Veterinary [1916] -
Year: 1916
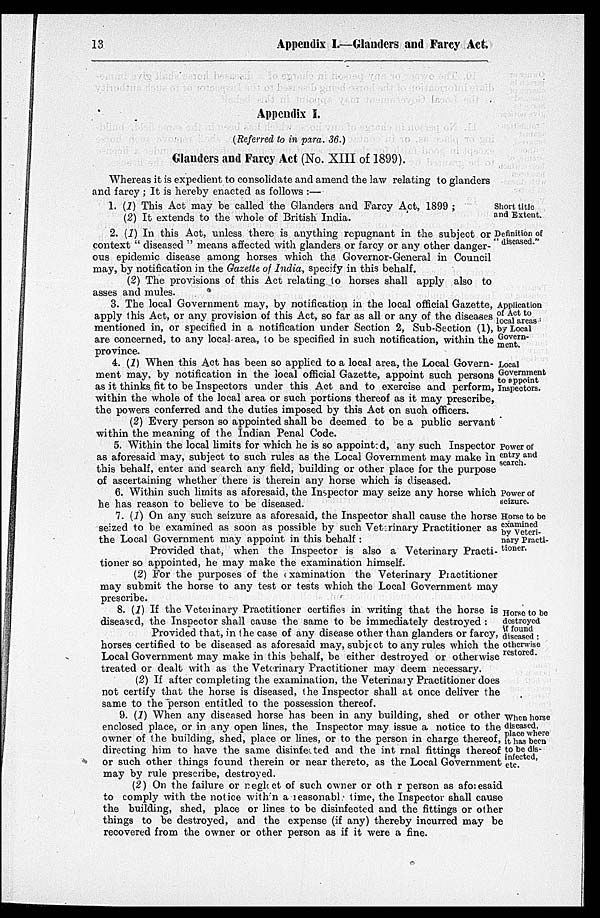
13
Appendix I.—Glanders and Farcy Act.
Appendix I.
(Referred to in para. 36.)
Glanders and Farcy Act (No. XIII of 1899).
Whereas it is expedient to consolidate and amend the law relating to glanders
and farcy ; It is hereby enacted as follows :—
Short title
and Extent.
1. (1) This Act may be called the Glanders and Farcy Act, 1899 ;
(2) It extends to the whole of British India.
Definition of
" diseased."
2. (1) In this Act, unless there is anything repugnant in the subject or
context " diseased " means affected with glanders or farcy or any other danger-
ous epidemic disease among horses which the Governor-General in Council
may, by notification in the Gazette of India, specify in this behalf.
(2) The provisions of this Act relating to horses shall apply also to
asses and mules.
Application
of Act to
local areas
by Local
Govern-
ment.
3. The local Government may, by notification in the local official Gazette,
apply this Act, or any provision of this Act, so far as all or any of the diseases
mentioned in, or specified in a notification under Section 2, Sub-Section (1),
are concerned, to any local area, to be specified in such notification, within the
province.
Local
Government
to appoint
Inspectors.
4. (1) When this Act has been so applied to a local area, the Local Govern-
ment may, by notification in the local official Gazette, appoint such persons
as it thinks fit to be Inspectors under this Act and to exercise and perform,
within the whole of the local area or such portions thereof as it may prescribe,
the powers conferred and the duties imposed by this Act on such officers.
(2) Every person so appointed shall be deemed to be a public servant
within the meaning of the Indian Penal Code.
Power of
entry and
search.
5. Within the local limits for which he is so appointed, any such Inspector
as aforesaid may, subject to such rules as the Local Government may make in
this behalf, enter and search any field, building or other place for the purpose
of ascertaining whether there is therein any horse which is diseased.
6. Within such limits as aforesaid, the Inspector may seize any horse which
he has reason to believe to be diseased.
Power of
seizure.
Horse to be
examined
by Veteri-
nary Practi-
tioner.
7. (1) On any such seizure as aforesaid, the Inspector shall cause the horse
seized to be examined as soon as possible by such Veterinary Practitioner as
the Local Government may appoint in this behalf:
Provided that, when the Inspector is also a Veterinary Practi-
tioner so appointed, he may make the examination himself.
(2) For the purposes of the examination the Veterinary Practitioner
may submit the horse to any test or tests which the Local Government may
prescribe.
Horse to be
destroyed
if found
diseased :
otherwise
restored.
8. (1) If the Veterinary Practitioner certifies in writing that the horse is
diseased, the Inspector shall cause the same to be immediately destroyed :
Provided that, in the case of any disease other than glanders or farcy,
horses certified to be diseased as aforesaid may, subject to any rules which the
Local Government may make in this behalf, be either destroyed or otherwise
treated or dealt with as the Veterinary Practitioner may deem necessary.
(2) If after completing the examination, the Veterinary Practitioner does
not certify that the horse is diseased, the Inspector shall at once deliver the
same to the person entitled to the possession thereof.
When horse
diseased,
place where
it has been
to be dis-
infected,
etc.
9. (1) When any diseased horse has been in any building, shed or other
enclosed place, or in any open lines, the Inspector may issue a notice to the
owner of the building, shed, place or lines, or to the person in charge thereof,
directing him to have the same disinfected and the internal fittings thereof
or such other things found therein or near thereto, as the Local Government
may by rule prescribe, destroyed.
(2) On the failure or neglect of such owner or other person as aforesaid
to comply with the notice within a reasonable time, the Inspector shall cause
the building, shed, place or lines to be disinfected and the fittings or other
things to be destroyed, and the expense (if any) thereby incurred may be
recovered from the owner or other person as if it were a fine.